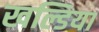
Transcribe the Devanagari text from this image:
खल्डिया